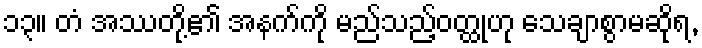
၁၃။ တံ အဿတို့၏ အနက်ကို မည်သည့်ဝတ္ထုဟု သေချာစွာမဆိုရ,